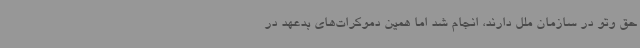
حق وتو در سازمان ملل دارند، انجام شد اما همین دموکرات‌های بدعهد در